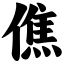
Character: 僬